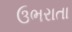
ઉભરાતા